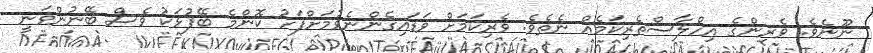
ނޫނެވެ. ވެރިންގެ އިހްލާސްތެރިކަމެއް ނެތެވެ. ވެރިކަމަށް ވަޑައިގެންނެވުމަށްފަހު ކޮންމެ ބޭފުޅަކު ވެސް ބޭނުންވަނީ